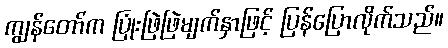
ကျွန်တော်က ပြုံးဖြဲဖြဲမျက်နှာဖြင့် ပြန်ပြောလိုက်သည်။